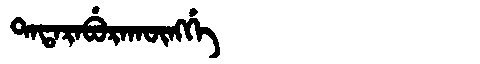
Manchu: ᡨᠠᡨᠠᡵᠠᠪᡠᡵᠠᡴᡡᠩᡤᡝ
Romanization: TATARABURAKŪNGGE